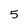
Character: 5